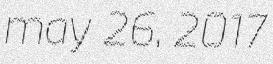
may 26, 2017